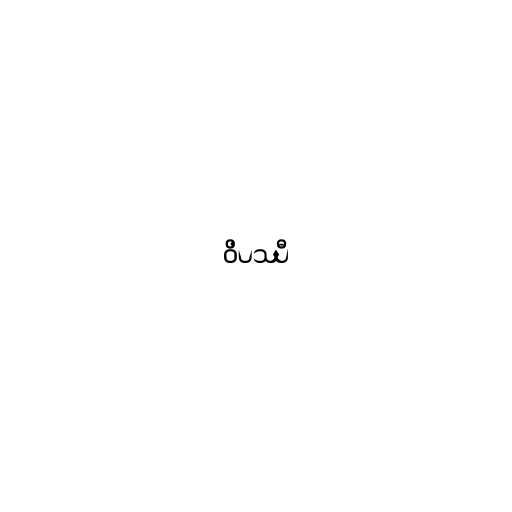
ဝိပဿီ